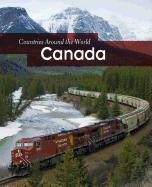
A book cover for Canada (Countries Around the World); Michael Hurley; Children's Books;